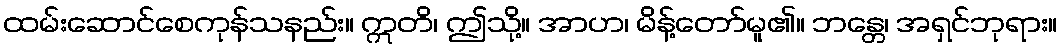
ထမ်းဆောင်စေကုန်သနည်း။ ဣတိ၊ ဤသို့။ အာဟ၊ မိန့်တော်မူ၏။ ဘန္တေ၊ အရှင်ဘုရား။